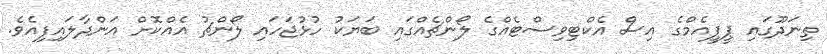
ތިނަދޫގައި ޕީޕީއެމްގެ އިސް އެކްޓިވިސްޓެއްގެ ލޯންޗެއްގައި ބަޔަކު ހުޅުޖަހައި ލޯންޗު އެއްކޮށް އަންދާލައިފިއެވެ.